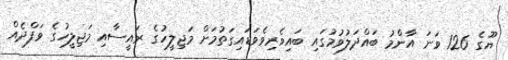
ޔޫގެ 126 ވަނަ އާންމު ބައްދަލުވުމުގައި ބައިވެރިވެވަޑައިގަތުމަށް މަޖިލީހުގެ ރައީސާއި މަޖިލީހުގެ ވަފްދެއް